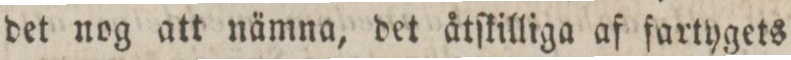
det nog att nämna, det åtſkilliga af fartygets